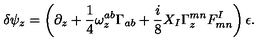
\delta \psi _ { z } = \left( \partial _ { z } + { \frac { 1 } { 4 } } \omega _ { z } ^ { a b } \Gamma _ { a b } + { \frac { i } { 8 } } X _ { I } \Gamma _ { z } ^ { m n } F _ { m n } ^ { I } \right) \epsilon .